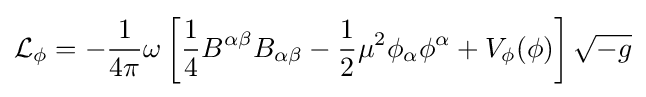
{\mathcal {L}}_{\phi }=-{\frac {1}{4\pi }}\omega \left[{\frac {1}{4}}B^{\alpha \beta }B_{\alpha \beta }-{\frac {1}{2}}\mu ^{2}\phi _{\alpha }\phi ^{\alpha }+V_{\phi }(\phi )\right]{\sqrt {-g}}